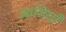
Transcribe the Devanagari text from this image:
आशियाँ